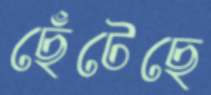
ছেঁটেছে